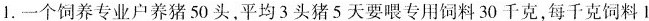
1.一个饲养专业户养猪50头,平均3头猪5天要喂专用饲料30千克，每千克饲料1